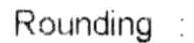
ROUNDING :